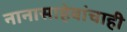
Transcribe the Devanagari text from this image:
नानासाहेबांचाही